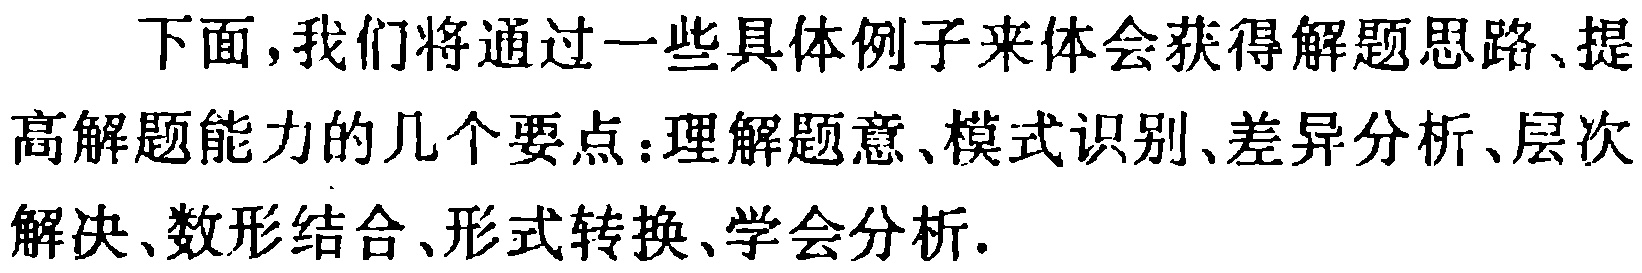
下面，我们将通过一些具体例子来体会获得解题思路、提高解题能力的几个要点：理解题意、模式识别、差异分析、层次解决、数形结合、形式转换、学会分析.